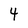
Character: 4